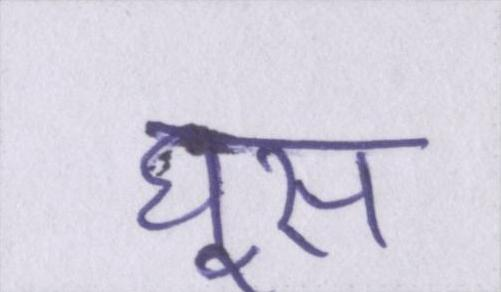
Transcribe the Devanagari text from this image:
घूस